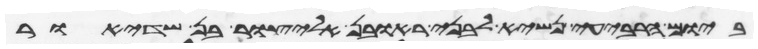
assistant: ביום הרביעי נשיא לבני ראובן אליצור בן שדיאור